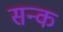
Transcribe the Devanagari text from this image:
सन्क